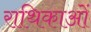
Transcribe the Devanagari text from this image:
राथिकाओं